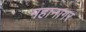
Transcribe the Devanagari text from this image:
महानागर